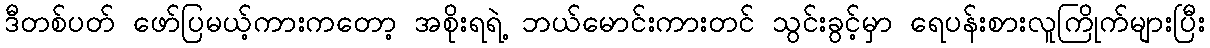
ဒီတစ်ပတ် ဖော်ပြမယ့်ကားကတော့ အစိုးရရဲ့ ဘယ်မောင်းကားတင် သွင်းခွင့်မှာ ရေပန်းစားလူကြိုက်များပြီး